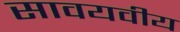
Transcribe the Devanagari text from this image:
सावयवीय